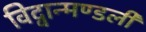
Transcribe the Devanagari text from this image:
विद्वान्मण्डली